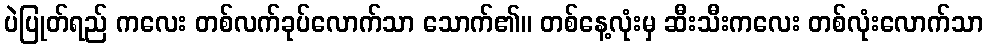
ပဲပြုတ်ရည် ကလေး တစ်လက်ခုပ်လောက်သာ သောက်၏။ တစ်နေ့လုံးမှ ဆီးသီးကလေး တစ်လုံးလောက်သာ